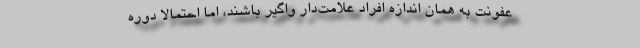
عفونت به همان اندازه افراد علامت‌دار واگیر باشند، اما احتمالا دوره